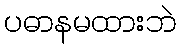
ပဓာနမထားဘဲ